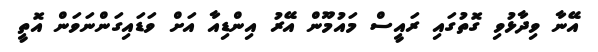
އޭނާ ވިދާޅުވި ގޮތުގައި ރައީސް މައުމޫން އޭރު އިންޑިއާ އަށް ވަޑައިގަންނަވަން އޮތީ